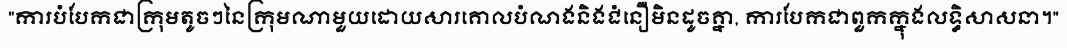
"ការបំបែកជាក្រុមតូចៗនៃក្រុមណាមួយដោយសារគោលបំណងនិងជំនឿមិនដូចគ្នា, ការបែកជាពួកក្នុងលទ្ធិសាសនា។"